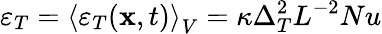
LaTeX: \varepsilon_{T}=\left\langle\varepsilon_{T}(\mathbf{x},t)\right\rangle_{V}=\kappa\Delta_{T}^{2}L^{-2}Nu